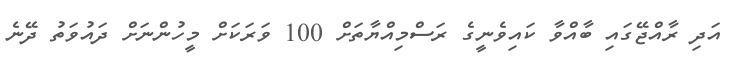
އަދި ރާއްޖޭގައި ބާއްވާ ކައިވެނީގެ ރަސްމިއްޔާތަށް 100 ވަރަކަށް މީހުންނަށް ދައުވަތު ދޭނެ